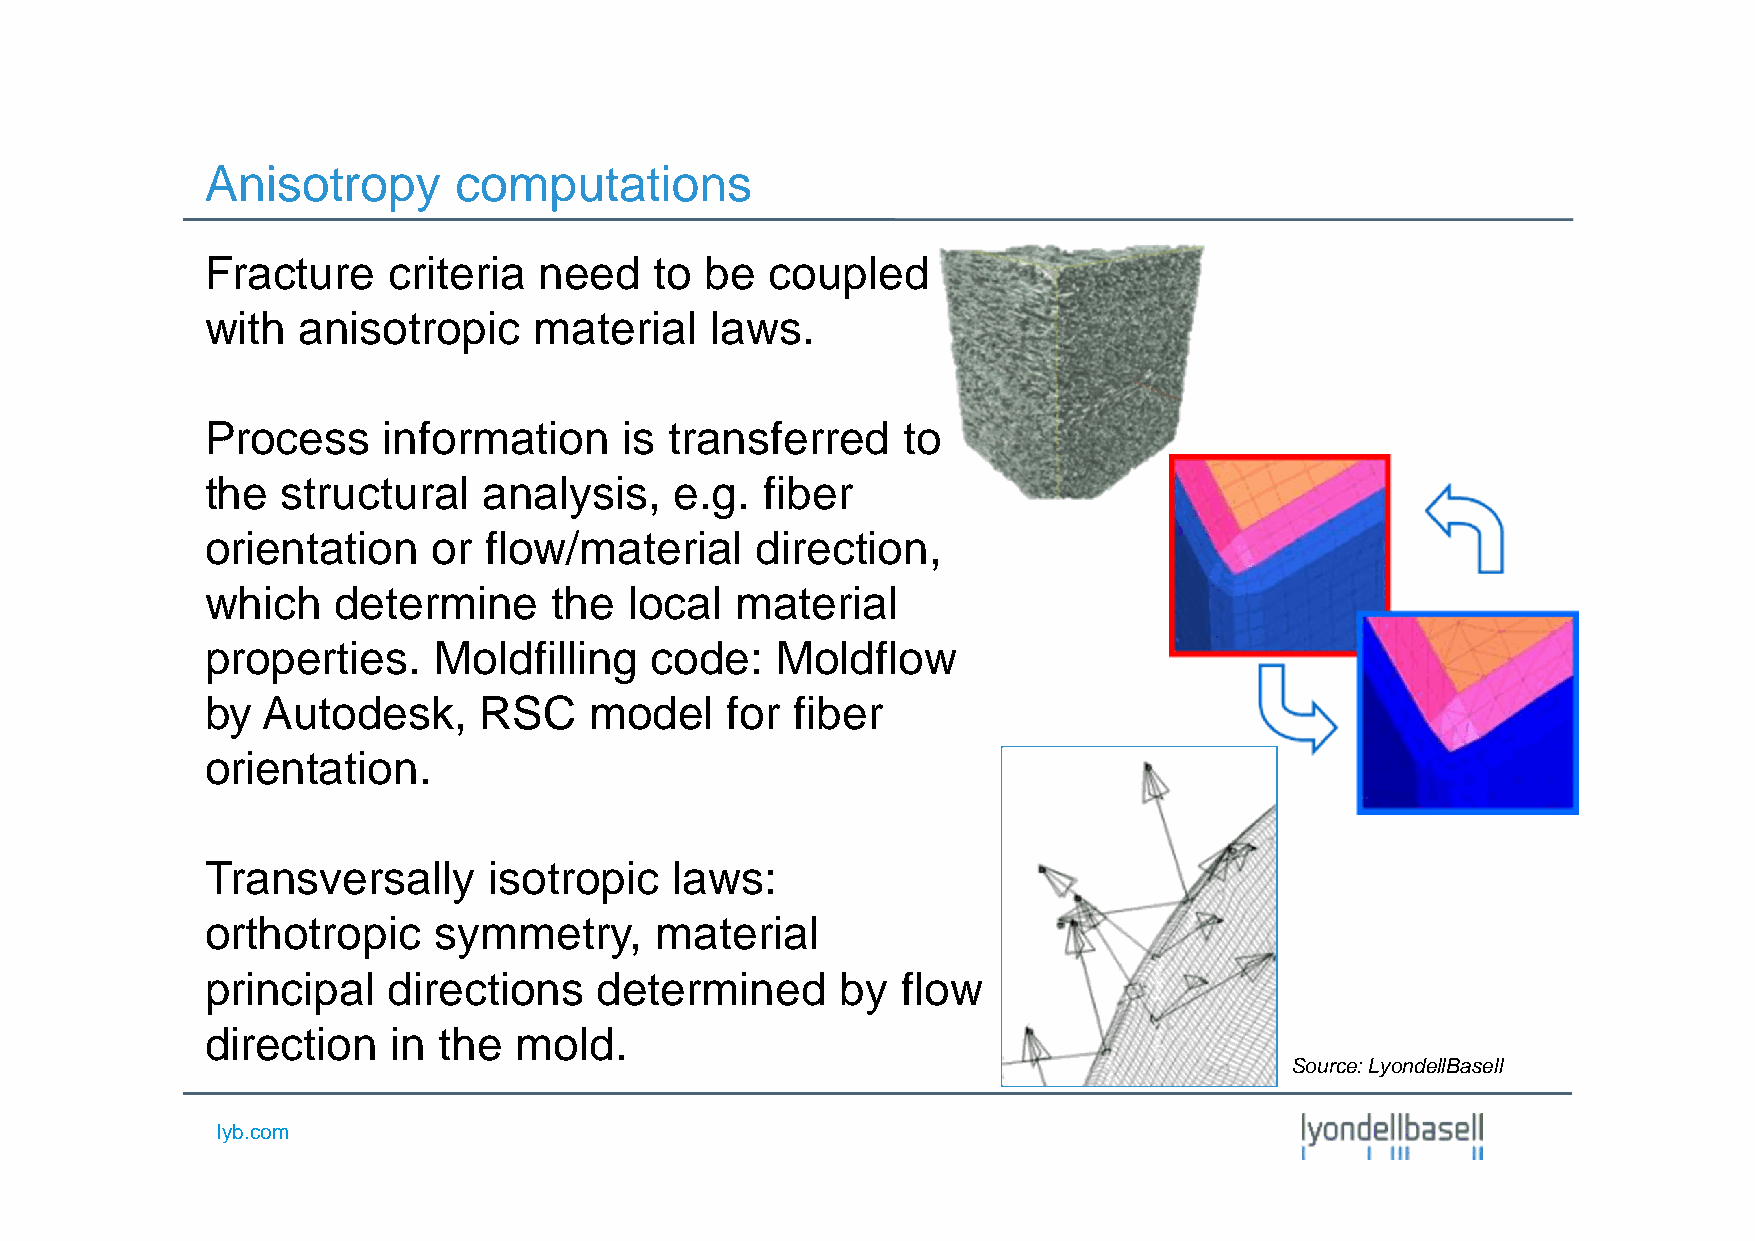
Anisotropy      computations
 Fracture    criteria  need   to  be  coupled
 with  anisotropic    material    laws.
 Process    information     is transferred     to
 the  structural   analysis,    e.g.  fiber
 orientation    or flow/material     direction,
 which   determine      the  local  material
 properties.    Moldfilling   code:   Moldflow
 by Autodesk,      RSC    model    for  fiber
 orientation.
 Transversally     isotropic    laws:
 orthotropic    symmetry,     material
 principal   directions    determined      by  flow
 direction   in the  mold.
 Source:LyondellBasell
 lyb.com